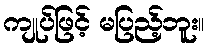
ကျုပ်ဖြင့် မပြည့်ဘူး။